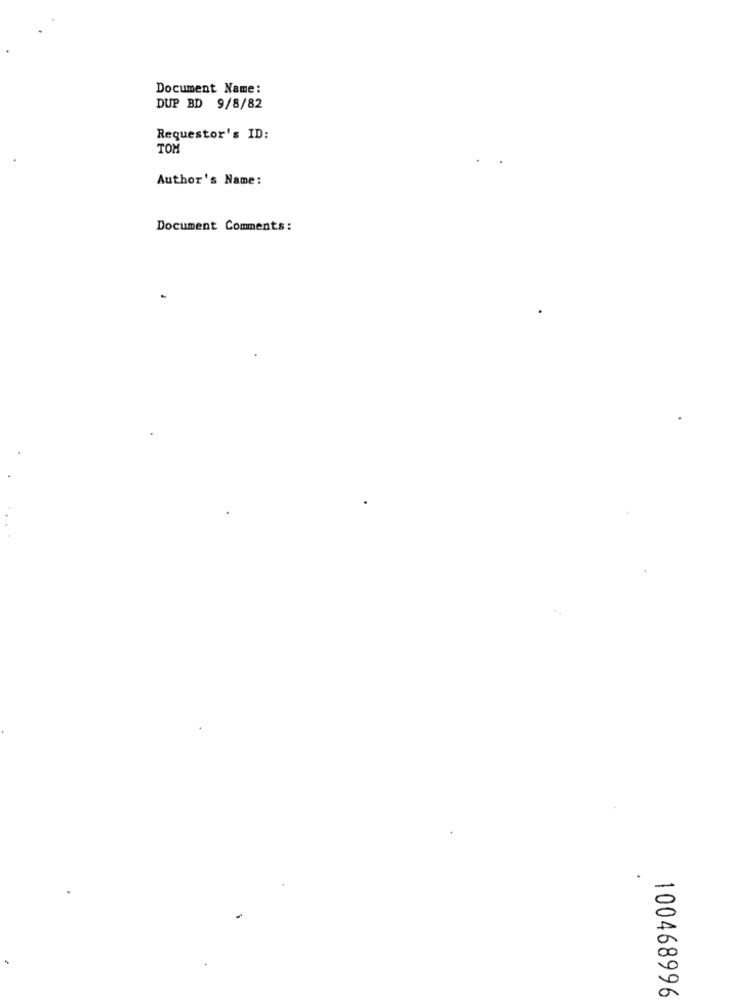
Document Name:
DUP BD 9/8/82
Requestor's ID:
TOM
Author's Name:
Document Comments:
100468996